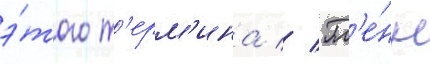
э́того т'ерм'ина // Гл'е́нн